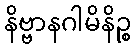
နိဗ္ဗာနဂါမိနိဉ္စ